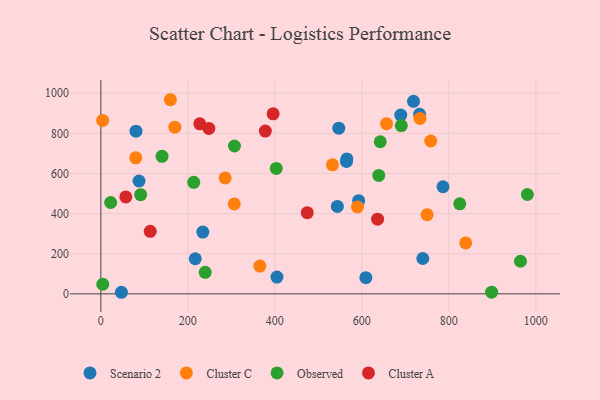
{"axis": {"x": "Study Hours", "y": "Fuel Efficiency"}, "legend": ["Cluster A", "Cluster C", "Observed", "Scenario 2"], "data": [{"x": "564.7", "y": 659.8, "type": "Scenario 2"}, {"x": "80.8", "y": 811.2, "type": "Scenario 2"}, {"x": "565.6", "y": 672.8, "type": "Scenario 2"}, {"x": "547.1", "y": 826.1, "type": "Scenario 2"}, {"x": "786.7", "y": 533.9, "type": "Scenario 2"}, {"x": "609.3", "y": 80.6, "type": "Scenario 2"}, {"x": "718.9", "y": 959.9, "type": "Scenario 2"}, {"x": "740.3", "y": 176.2, "type": "Scenario 2"}, {"x": "234.4", "y": 307.9, "type": "Scenario 2"}, {"x": "404.9", "y": 83.7, "type": "Scenario 2"}, {"x": "217.1", "y": 175.0, "type": "Scenario 2"}, {"x": "592.7", "y": 464.6, "type": "Scenario 2"}, {"x": "87.8", "y": 562.7, "type": "Scenario 2"}, {"x": "543.8", "y": 435.9, "type": "Scenario 2"}, {"x": "689.6", "y": 891.6, "type": "Scenario 2"}, {"x": "732.8", "y": 895.1, "type": "Scenario 2"}, {"x": "47.3", "y": 7.8, "type": "Scenario 2"}, {"x": "306.7", "y": 448.2, "type": "Cluster C"}, {"x": "758.5", "y": 762.1, "type": "Cluster C"}, {"x": "80.2", "y": 678.0, "type": "Cluster C"}, {"x": "839.0", "y": 253.9, "type": "Cluster C"}, {"x": "750.2", "y": 394.5, "type": "Cluster C"}, {"x": "4.1", "y": 864.7, "type": "Cluster C"}, {"x": "365.6", "y": 138.6, "type": "Cluster C"}, {"x": "532.6", "y": 643.3, "type": "Cluster C"}, {"x": "170.2", "y": 830.8, "type": "Cluster C"}, {"x": "159.9", "y": 967.9, "type": "Cluster C"}, {"x": "285.8", "y": 578.2, "type": "Cluster C"}, {"x": "733.8", "y": 874.9, "type": "Cluster C"}, {"x": "656.9", "y": 848.6, "type": "Cluster C"}, {"x": "590.1", "y": 433.0, "type": "Cluster C"}, {"x": "213.6", "y": 555.8, "type": "Observed"}, {"x": "980.7", "y": 495.3, "type": "Observed"}, {"x": "964.8", "y": 162.6, "type": "Observed"}, {"x": "140.7", "y": 685.7, "type": "Observed"}, {"x": "639.0", "y": 590.4, "type": "Observed"}, {"x": "4.5", "y": 47.7, "type": "Observed"}, {"x": "690.8", "y": 839.2, "type": "Observed"}, {"x": "403.3", "y": 625.1, "type": "Observed"}, {"x": "898.5", "y": 8.5, "type": "Observed"}, {"x": "825.2", "y": 448.7, "type": "Observed"}, {"x": "22.6", "y": 455.5, "type": "Observed"}, {"x": "239.9", "y": 107.2, "type": "Observed"}, {"x": "91.5", "y": 494.4, "type": "Observed"}, {"x": "307.2", "y": 737.1, "type": "Observed"}, {"x": "642.4", "y": 758.3, "type": "Observed"}, {"x": "57.4", "y": 483.1, "type": "Cluster A"}, {"x": "227.5", "y": 847.7, "type": "Cluster A"}, {"x": "396.1", "y": 897.5, "type": "Cluster A"}, {"x": "636.3", "y": 372.5, "type": "Cluster A"}, {"x": "378.2", "y": 811.7, "type": "Cluster A"}, {"x": "248.4", "y": 824.7, "type": "Cluster A"}, {"x": "113.6", "y": 311.7, "type": "Cluster A"}, {"x": "474.6", "y": 404.6, "type": "Cluster A"}]}